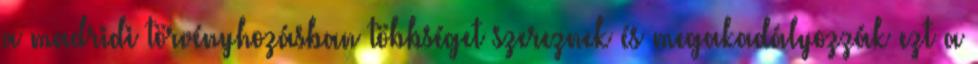
a madridi törvényhozásban többséget szereznek és megakadályozzák ezt a